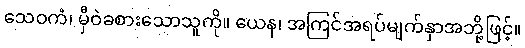
သေဝကံ၊ မှီဝဲခစားသောသူကို။ ယေန၊ အကြင်အရပ်မျက်နှာအဘို့ဖြင့်။